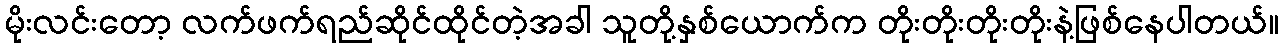
မိုးလင်းတော့ လက်ဖက်ရည်ဆိုင်ထိုင်တဲ့အခါ သူတို့နှစ်ယောက်က တိုးတိုးတိုးတိုးနဲ့ဖြစ်နေပါတယ်။